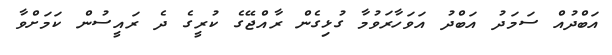
އަބްދުއް ސަމަދު އަބްދު އަވަހާރަވުމާ ގުޅިގެން ރާއްޖޭގެ ކުރީގެ ދެ ރައީސުން ކަމަށްވާ